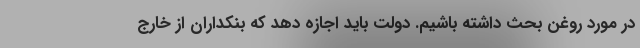
در مورد روغن بحث داشته باشیم. دولت باید اجازه دهد که بنکداران از خارج